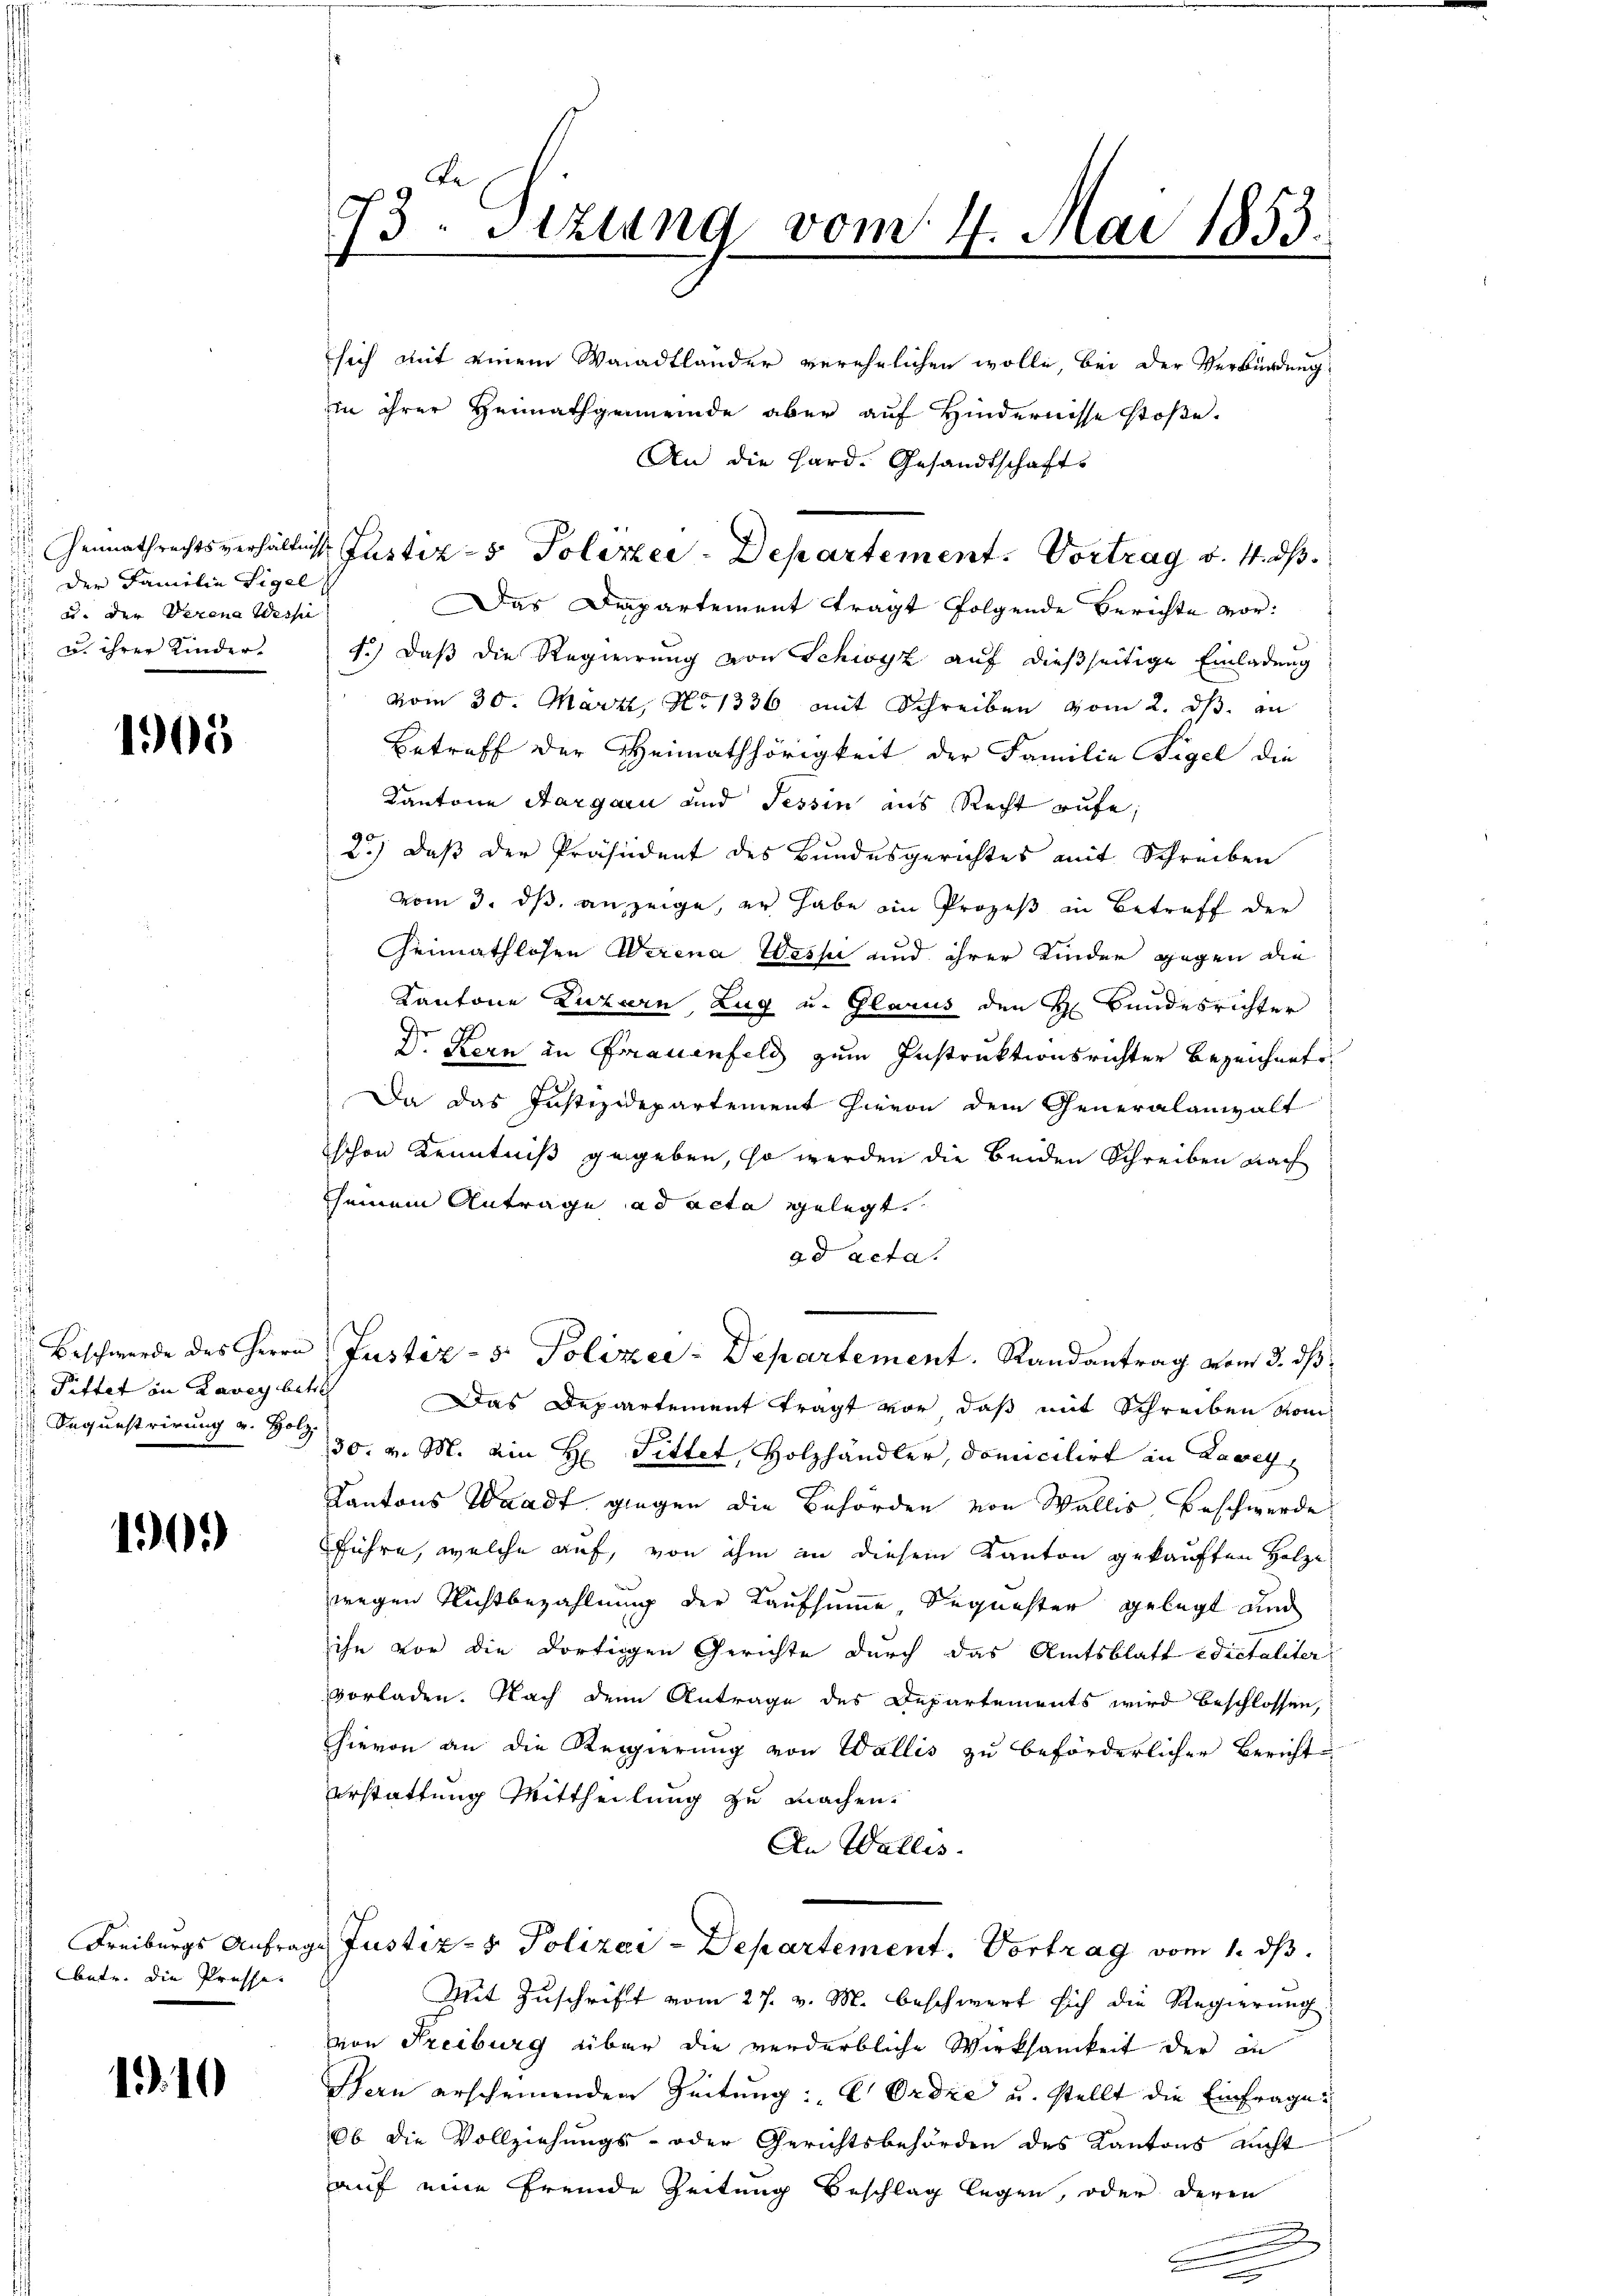
Heimathrechts verhältniss
der Familie Sigel
 u. der Verena Wesse
u. ihrer Kinders

1905

Beschwerde des Herrn
 Pittet in Lavey betr
Sequestrirung v. Holz

1901)

Freiburgs Anfrabetr. die Presse

1.10.

73. Sitzung vom 4. Mai 1853.

sich mit einem Waadtländer verehelichen wolle, bei der Verkündung
in ihrer Heimathgemeinde aber auf Hindernisse stoße.
An die Hard. Gesandtschafts
Das Departement tragt folgende Berichte vor¬
1.) Daß die Regierung von Schwyz auf dießseitige Einladung
vom 30. März, No 1336 mit Schreiben vom 2. ds. an
Betreff der Heimathörigkeit der Familie Sigel die
Kantone Aargau und Tessin aus Recht aufe;
2.) Daß der Präsident des Bundesgerichtes mit Schreiben
vom 3. ds. anzeige, er habe ein Prozeß in Betreff der
Heimathlosen Werena Wesse und ihrer Kinder gegen die
Kantone Luzern Zug u. Glarus den H. Bundesrichter
Dr Kern in Frauenfeld zum Instruktionsrichter bezeichnete
Da das Justizdepartement hievon dem Generalanwalt
schon Kenntniß gegeben, so werden die beiden Schreiben nach
seinem Antrage ad acta gelegt.
ad acta.
Justiz- & Polizei-Departement. Randantrag vom 3. ds
Das Departement tragt vor, daß mit Schreiben vom
30. v. M. ein H Sittet, Holzhandler, domicilirt in Lavey
Kantons Waadt gingen die Behörden von Wallis Beschwerde
führe, welche auf, von ihm an diesem Kanton gekauften Holze
wegen Richtbezahlung der Kaufsumme, Sequester gelegt und
ihn vor die dortigen Gerichte durch das Amtsblatt edictaliter
vorladen. Nach denn Antrage des Departements wird beschlossen,
hievon an die Regierung von Wallis zu beförderlicher Bericht
erstattung Mittheilung zu machen.
An Wallis.
Justiz- & Polizei-Departement. Vortrag vom 1. ds.
Mit Zuschrift vom 27. v. M. beschwert sich die Regierung
von Freiburg über die verderbliche Wirksamkeit der in
Hern erscheinenden Zeitung: E Ordre u. stellt die Einfrage
Ob die Vollziehungs- oder Gerichtsbehörden des Kantons nicht
auf eine fremde Zeitung Beschlag legen, oder deren

Justiz- & Polizei-Departement. Vortrag v. 4. ds.